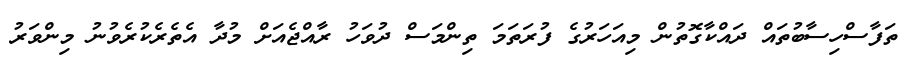
ތަފާސްހިސާބުތައް ދައްކާގޮތުން މިއަހަރުގެ ފުރަތަމަ ތިންމަސް ދުވަހު ރާއްޖެއަށް މުދާ އެތެރެކުރެވުނު މިންވަރު